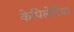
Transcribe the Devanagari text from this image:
केपिलेरिया